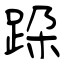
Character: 跥